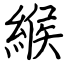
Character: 緱